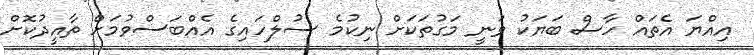
އިއްޔަ އެތައް ހާސް ބަޔަކު ވަނީ މަގުތަކަށް ނިކުމެ ސުލްހައިގެ އެއްބަސްވުމަށް ތާއީދުކޮށް